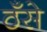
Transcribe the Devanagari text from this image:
ठँसे